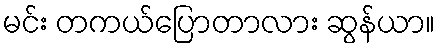
မင်း တကယ်ပြောတာလား ဆွန်ယာ။